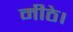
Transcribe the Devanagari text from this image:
मीठे।